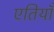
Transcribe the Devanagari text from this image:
एतियाँ